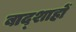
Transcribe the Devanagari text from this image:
बाद्शाहों